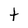
Character: t